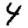
Digit: 4